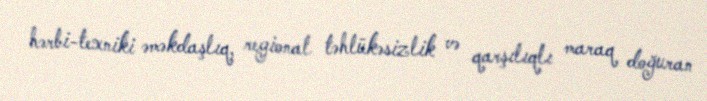
hərbi-texniki əməkdaşlıq, regional təhlükəsizlik və qarşılıqlı maraq doğuran